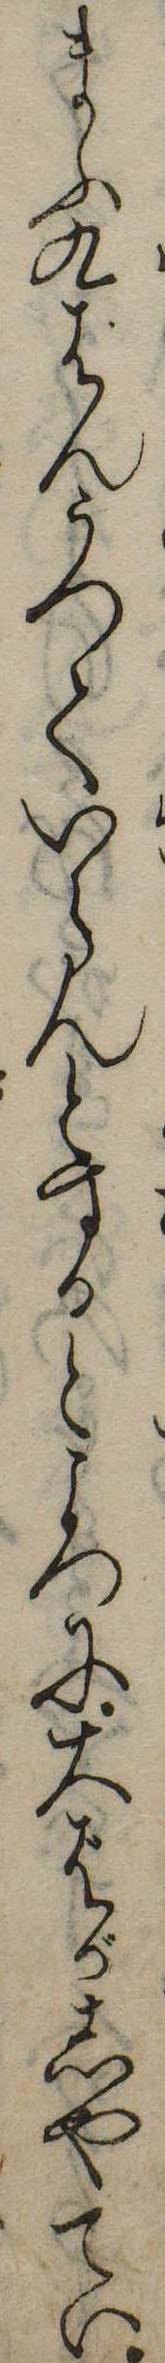
まふ九ばんかつていらんとするところに大ばがしやてい